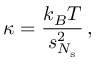
\kappa = \frac { k _ { B } T } { s _ { N _ { \mathrm { s } } } ^ { 2 } } \, ,